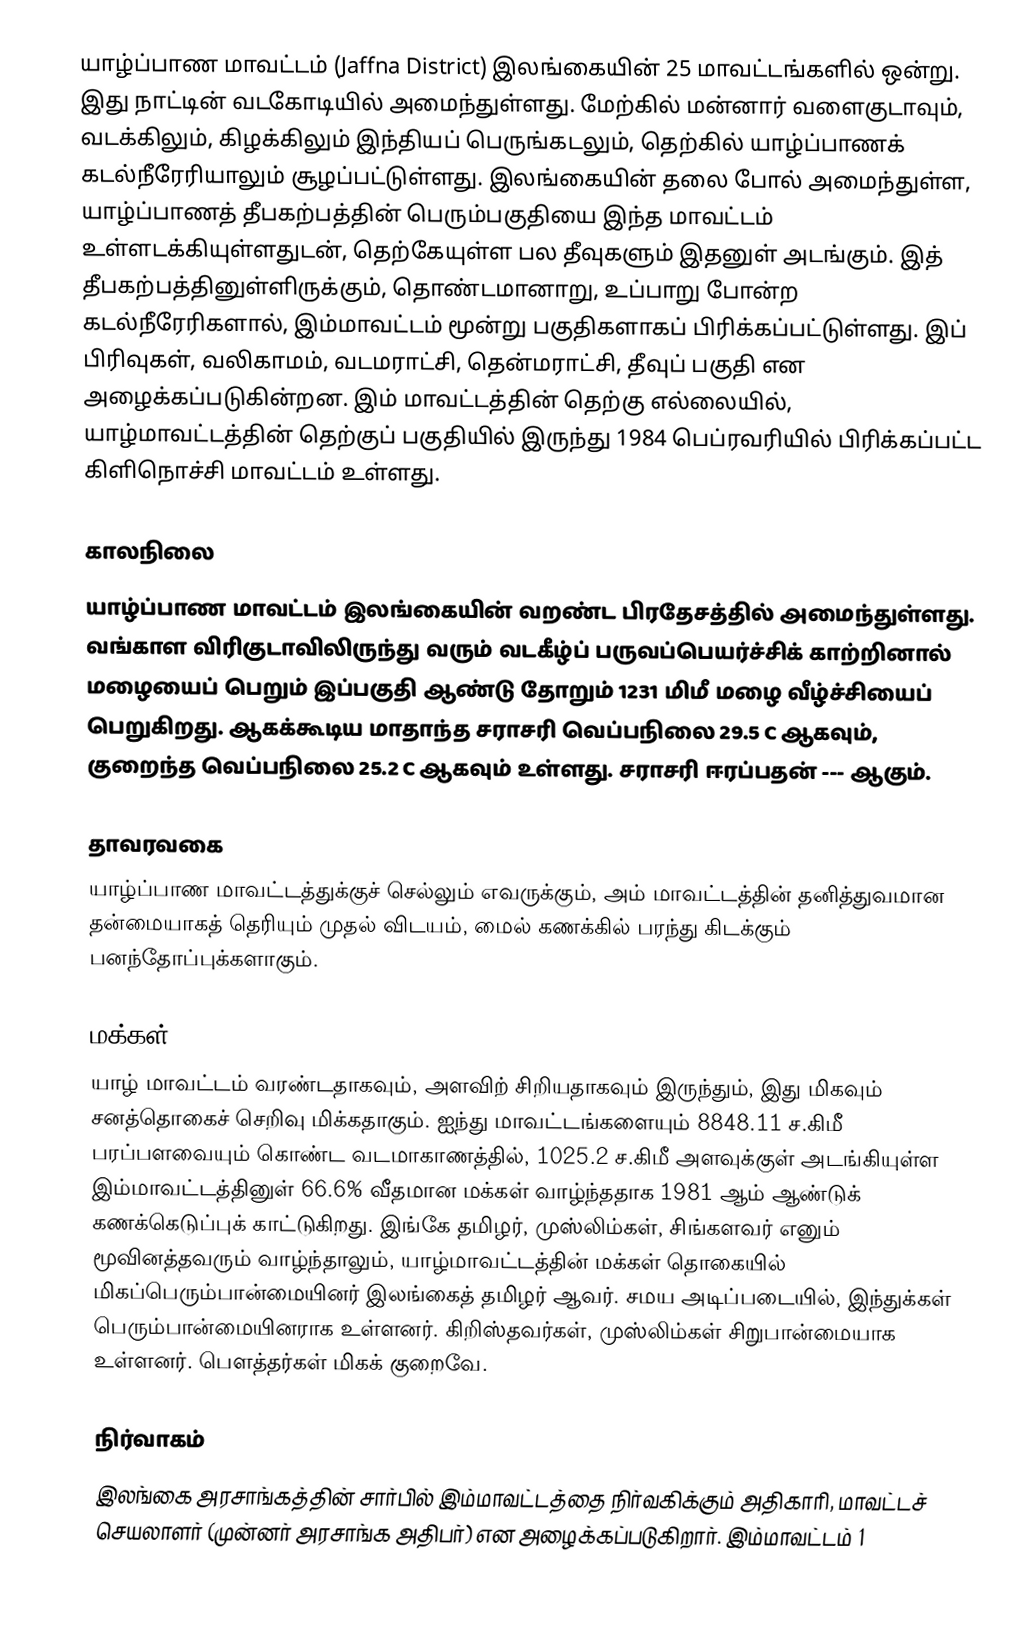
யாழ்ப்பாண மாவட்டம் (Jaffna District) இலங்கையின் 25 மாவட்டங்களில் ஒன்று. இது நாட்டின் வடகோடியில் அமைந்துள்ளது. மேற்கில் மன்னார் வளைகுடாவும், வடக்கிலும், கிழக்கிலும் இந்தியப் பெருங்கடலும், தெற்கில் யாழ்ப்பாணக் கடல்நீரேரியாலும் சூழப்பட்டுள்ளது. இலங்கையின் தலை போல் அமைந்துள்ள, யாழ்ப்பாணத் தீபகற்பத்தின் பெரும்பகுதியை இந்த மாவட்டம் உள்ளடக்கியுள்ளதுடன், தெற்கேயுள்ள பல தீவுகளும் இதனுள் அடங்கும். இத் தீபகற்பத்தினுள்ளிருக்கும், தொண்டமானாறு, உப்பாறு போன்ற கடல்நீரேரிகளால், இம்மாவட்டம் மூன்று பகுதிகளாகப் பிரிக்கப்பட்டுள்ளது. இப் பிரிவுகள், வலிகாமம், வடமராட்சி, தென்மராட்சி, தீவுப் பகுதி என அழைக்கப்படுகின்றன. இம் மாவட்டத்தின் தெற்கு எல்லையில், யாழ்மாவட்டத்தின் தெற்குப் பகுதியில் இருந்து 1984 பெப்ரவரியில் பிரிக்கப்பட்ட கிளிநொச்சி மாவட்டம் உள்ளது.

காலநிலை
யாழ்ப்பாண மாவட்டம் இலங்கையின் வறண்ட பிரதேசத்தில் அமைந்துள்ளது. வங்காள விரிகுடாவிலிருந்து வரும் வடகீழ்ப் பருவப்பெயர்ச்சிக் காற்றினால் மழையைப் பெறும் இப்பகுதி ஆண்டு தோறும் 1231 மிமீ மழை வீழ்ச்சியைப் பெறுகிறது. ஆகக்கூடிய மாதாந்த சராசரி வெப்பநிலை 29.5 C ஆகவும், குறைந்த வெப்பநிலை 25.2 C ஆகவும் உள்ளது. சராசரி ஈரப்பதன் --- ஆகும்.

தாவரவகை
யாழ்ப்பாண மாவட்டத்துக்குச் செல்லும் எவருக்கும், அம் மாவட்டத்தின் தனித்துவமான தன்மையாகத் தெரியும் முதல் விடயம், மைல் கணக்கில் பரந்து கிடக்கும் பனந்தோப்புக்களாகும்.

மக்கள்
யாழ் மாவட்டம் வரண்டதாகவும், அளவிற் சிறியதாகவும் இருந்தும், இது மிகவும் சனத்தொகைச் செறிவு மிக்கதாகும். ஐந்து மாவட்டங்களையும் 8848.11 ச.கிமீ பரப்பளவையும் கொண்ட வடமாகாணத்தில், 1025.2 ச.கிமீ அளவுக்குள் அடங்கியுள்ள இம்மாவட்டத்தினுள் 66.6% வீதமான மக்கள் வாழ்ந்ததாக 1981 ஆம் ஆண்டுக் கணக்கெடுப்புக் காட்டுகிறது. இங்கே தமிழர், முஸ்லிம்கள், சிங்களவர் எனும் மூவினத்தவரும் வாழ்ந்தாலும், யாழ்மாவட்டத்தின் மக்கள் தொகையில் மிகப்பெரும்பான்மையினர் இலங்கைத் தமிழர் ஆவர். சமய அடிப்படையில், இந்துக்கள் பெரும்பான்மையினராக உள்ளனர். கிறிஸ்தவர்கள், முஸ்லிம்கள் சிறுபான்மையாக உள்ளனர். பௌத்தர்கள் மிகக் குறைவே.

நிர்வாகம்
இலங்கை அரசாங்கத்தின் சார்பில் இம்மாவட்டத்தை நிர்வகிக்கும் அதிகாரி, மாவட்டச் செயலாளர் (முன்னர் அரசாங்க அதிபர்) என அழைக்கப்படுகிறார். இம்மாவட்டம் 1